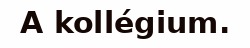
A kollégium.